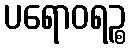
ပရောဝရဉ္စ